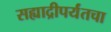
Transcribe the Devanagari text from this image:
सह्याद्रीपर्यंतचा